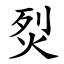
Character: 烮